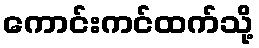
ကောင်းကင်ထက်သို့